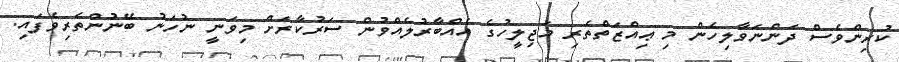
ކުރިންވެސް ދަންނަވާލިހެން މި ޢިއްޒަތްތެރި މަޖިލީހުގެ އެއްބާރުލެއްވުން ސަރުކާރަށް މިވަނީ ނުހަނު ބޭނުންތެރިވެފައި.